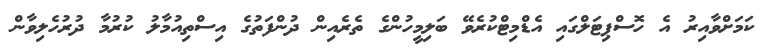
ކަމަށްވާއިރު އެ ހޮސްޕިޓަލްގައި އެޑްމިޓްކުރެވޭ ބަލިމީހުންގެ ތެރެއިން ދުންފަތުގެ އިސްތިއުމާލު ކުރުމާ ދުރުހެލިވާން